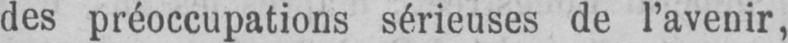
des préoccupations sérieuses de l’avenir,